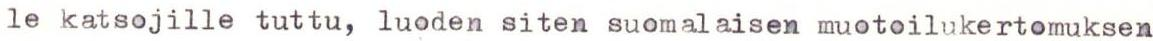
le katsojille tuttu, luoden siten suomalaisen muotoilukertomuksen